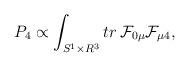
LaTeX: \begin{align*}P_4\propto \int_{S^1\times R^3}tr\,{\cal F}_{0\mu}{\cal F}_{\mu 4},\end{align*}